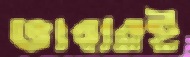
ভাবারই